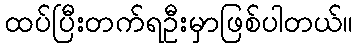
ထပ်ပြီးတက်ရဦးမှာဖြစ်ပါတယ်။